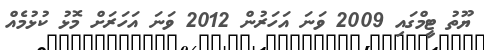
ޔޫތު ޓީމްގައި 2009 ވަނަ އަހަރުން 2012 ވަނަ އަހަރަށް މޮޅު ކުޅުމެއް